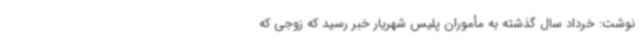
نوشت: خرداد سال گذشته به مأموران پلیس شهریار خبر رسید که زوجی که